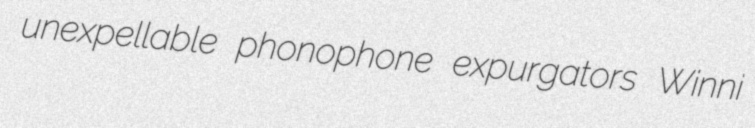
unexpellable phonophone expurgators Winni